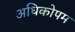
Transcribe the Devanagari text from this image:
अधिकोपम